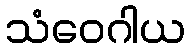
သံဝေဂါယ